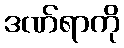
ဒဏ်ရာကို